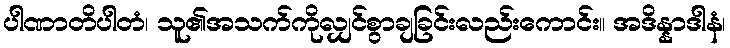
ပါဏာတိပါတံ၊ သူ၏အသက်ကိုလျှင်စွာချခြင်းလည်းကောင်း။ အဒိန္နာဒါနံ၊